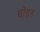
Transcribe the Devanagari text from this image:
छोड़त